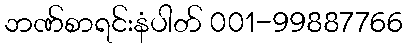
ဘဏ်စာရင်းနံပါတ် 001-99887766